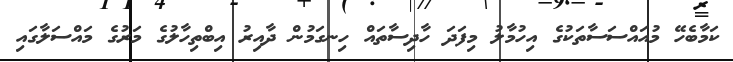
ކަމާބެހޭ މުއައްސަސާތަކުގެ އިހުމާލު މިފަދަ ހާދިސާތައް ހިނގަމުން ދާއިރު އިބްތިހާލުގެ މަރުގެ މައްސަލާގައި